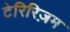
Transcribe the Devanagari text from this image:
टेरिरिज़म